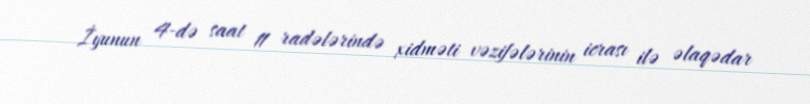
İyunun 4-də saat 11 radələrində xidməti vəzifələrinin icrası ilə əlaqədar